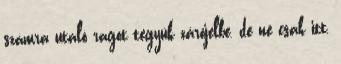
számra utaló ragot tegyük zárójelbe, de ne csak itt,